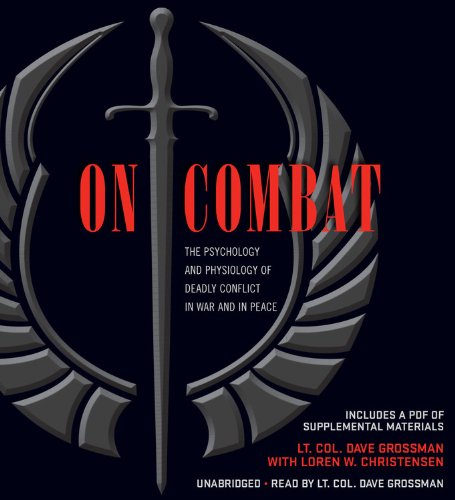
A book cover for On Combat: The Psychology and Physiology of Deadly Conflict in War and in Peace; Dave Grossman; Medical Books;